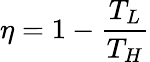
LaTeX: \eta=1-{\frac{T_{L}}{T_{H}}}